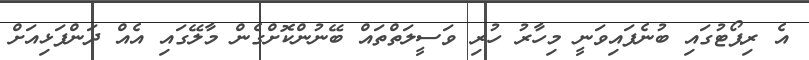
އެ ރިޕޯޓުގައި ބުނެފައިވަނީ މިހާރު ހުރި ވަސީލަތްތައް ބޭނުންކޮށްގެން މާލޭގައި އެއް ދަންފަޅިއަށް